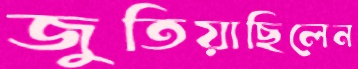
জুতিয়াছিলেন